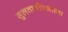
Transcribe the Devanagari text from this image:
सुलतानीवालाला